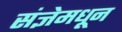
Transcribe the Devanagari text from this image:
संज्ञेमधून